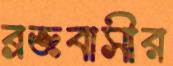
ব্রজবাসীর